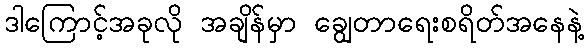
ဒါကြောင့်အခုလို အချိန်မှာ ချွေတာရေးစရိတ်အနေနဲ့